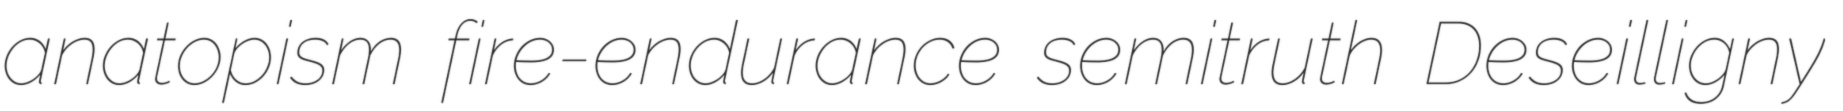
anatopism fire-endurance semitruth Deseilligny